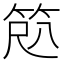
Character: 𫁽